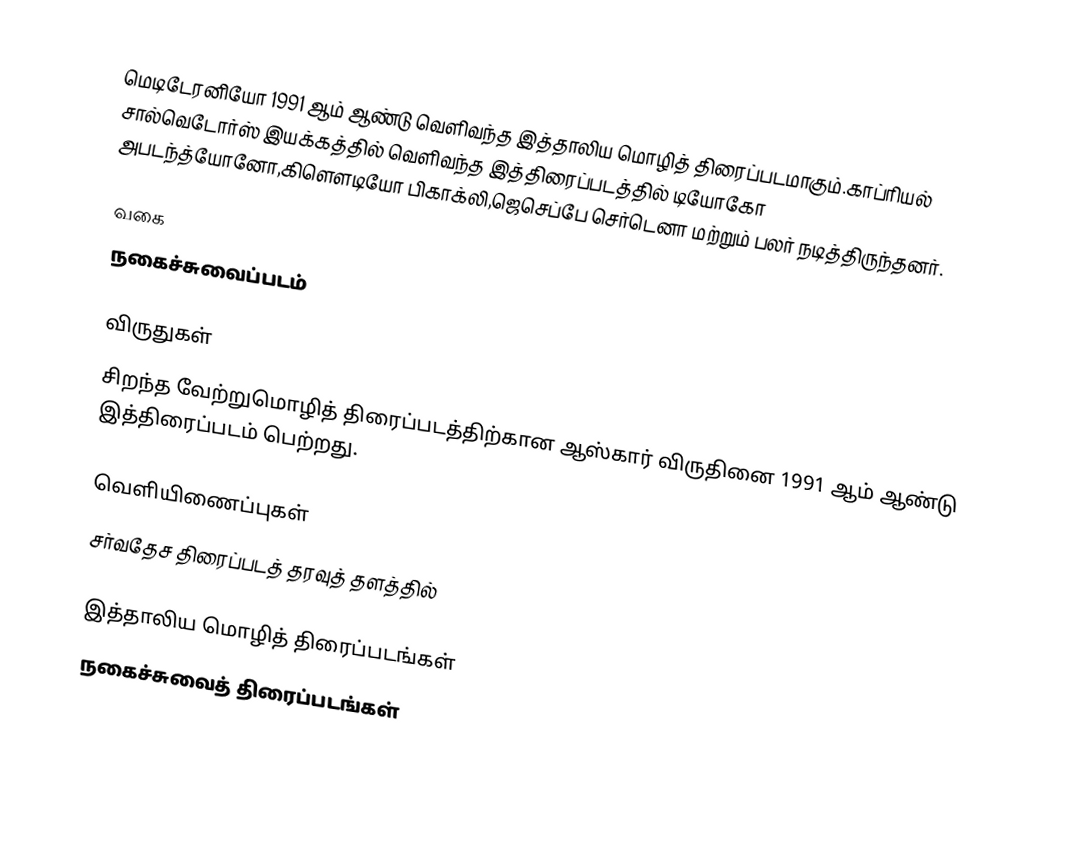
மெடிடேரனியோ 1991 ஆம் ஆண்டு வெளிவந்த இத்தாலிய மொழித் திரைப்படமாகும்.காப்ரியல் சால்வெடோர்ஸ் இயக்கத்தில் வெளிவந்த இத்திரைப்படத்தில் டியோகோ அபடந்த்யோனோ,கிளௌடியோ பிகாக்லி,ஜெசெப்பே செர்டெனா மற்றும் பலர் நடித்திருந்தனர்.

வகை
நகைச்சுவைப்படம்

விருதுகள்
சிறந்த வேற்றுமொழித் திரைப்படத்திற்கான ஆஸ்கார் விருதினை 1991 ஆம் ஆண்டு இத்திரைப்படம் பெற்றது.

வெளியிணைப்புகள்
சர்வதேச திரைப்படத் தரவுத் தளத்தில்

இத்தாலிய மொழித் திரைப்படங்கள்
நகைச்சுவைத் திரைப்படங்கள்